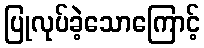
ပြုလုပ်ခဲ့သောကြောင့်